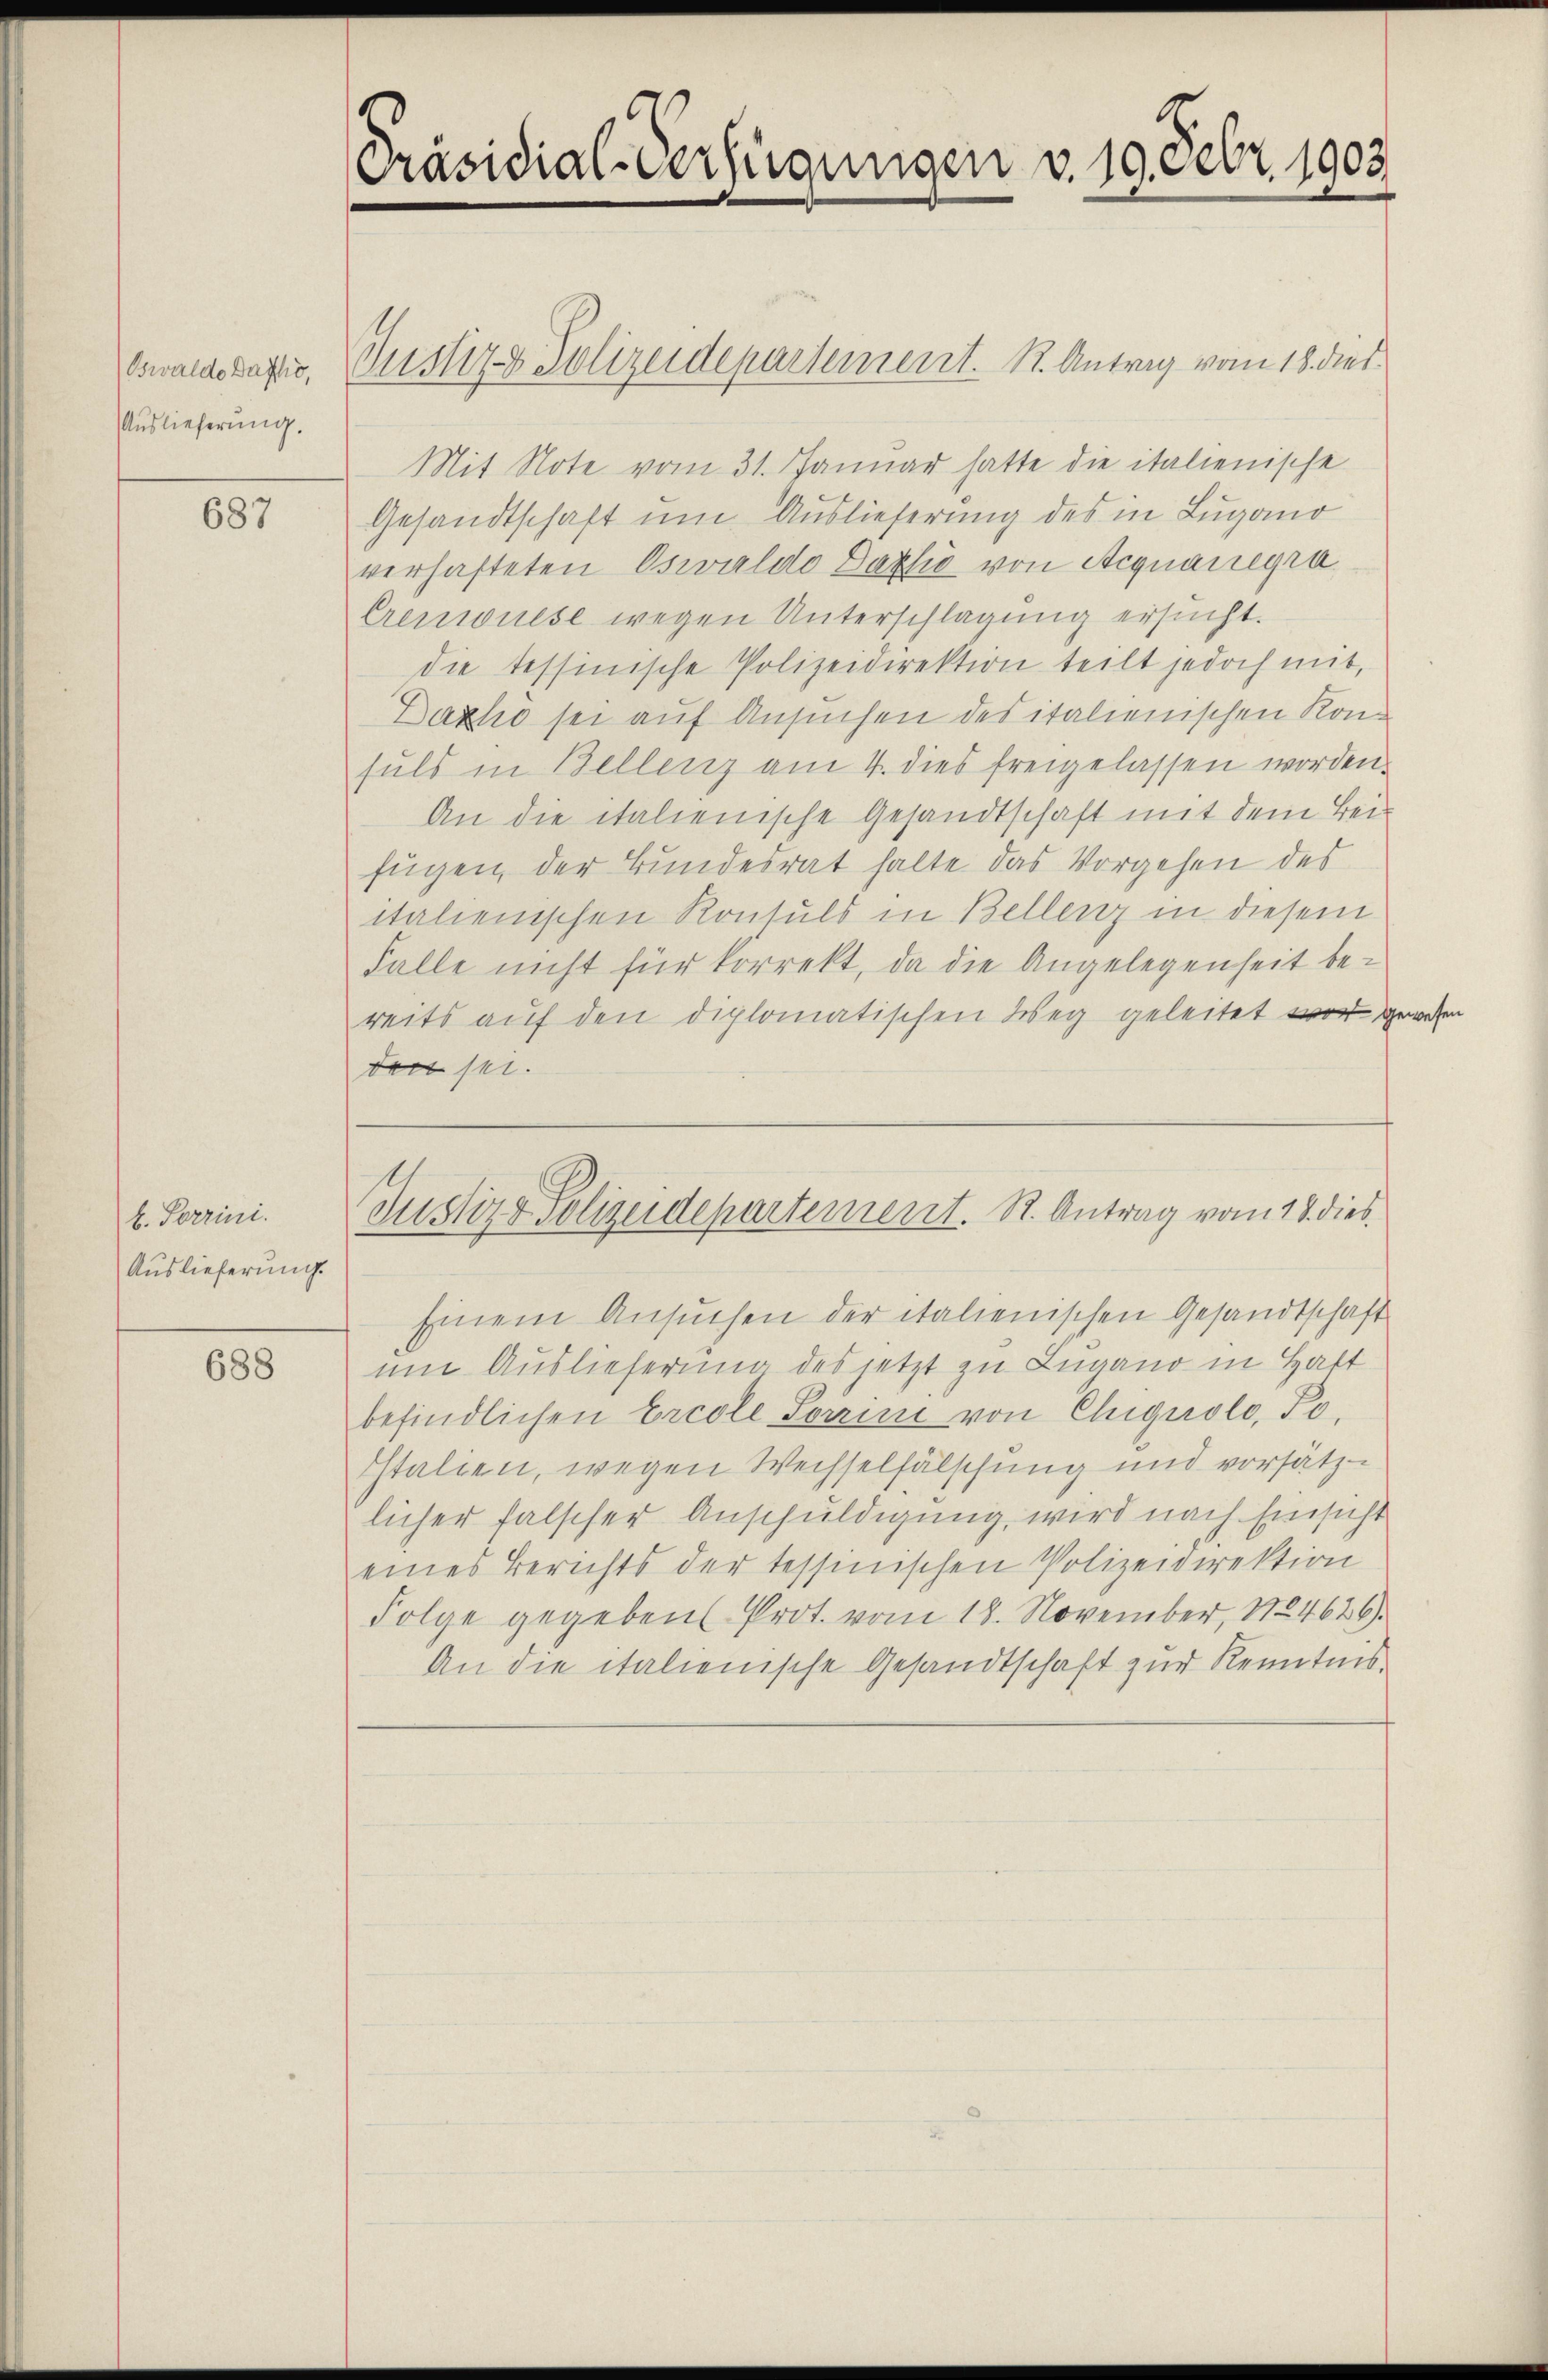
Oswalde Datto,
Auslieferung.

687

k. Porrini.
Auslieferung.

688

[Präsidial-Verfügungen v. 19. Febr. 1903

Mit Note vom 31. Januar hatte die italienische
Gesandtschaft um Auslieferung des in Lugano
verhafteten Oswaldo Lazić von Aequanegra
Cremuese wegen Unterschlagung ersucht.
die tessinische Polizeidirektion teilt jedoch mit,
Daxho sei auf Ansuchen des italienischen Konsuls in Bellenz am 4. dies freigelassen worden.
An die italienische Gesandtschaft mit dem Beifügen, der Bundesrat halte das Vorgehen des
italienischen Konsuls in Bellenz in diesem
Falle nicht für korrekt, da die Angelegenheit bereits auf den diplomatischen Weg geleitet word gewesen
den sei.

Justiz & Polizeidepartement. 1. Antrag vom 18. dies

Justiz & Polizeidepartement. R. Antrag vom 18. dies

Einem Ansuchen der italienischen Gesandtschaft
um Auslieferung des jetzt zu Lugano in Haft
befindlichen Ercole Sorrini von Chigrolo, Fo
Italien, wegen Wechselfälschung und vorsätz
licher falscher Anschuldigung, wird nach Einsicht
eines Berichts der tessinischen Polizeidirektion
Folge gegeben Prot. vom 18. November, 1724626).
An die italienische Gesandtschaft zur Kenntnis